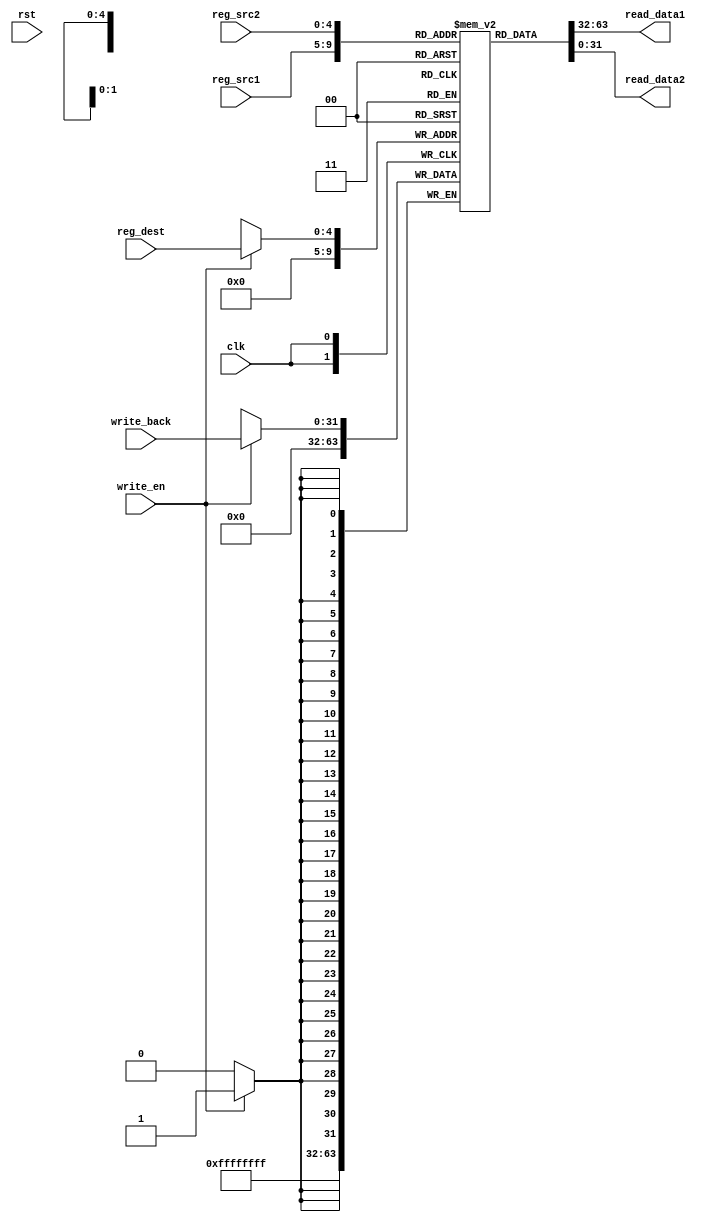
// Feb 10, 2023
// Verilog Code for Register File

module regfile( 

input wire [4:0] reg_src1,
input wire [4:0] reg_src2,
input wire [4:0] reg_dest,
input wire [31:0] write_back,
input wire clk,
input wire rst,
input wire write_en,
output reg [31:0] read_data1,
output reg [31:0] read_data2
);

//32 Registers of each 32 bit
reg [31:0] mem[31:0];

//Reading from register file is harmless so no need of the control signal

always @(*) begin
	read_data1=mem[reg_src1];
	read_data2=mem[reg_src2];
end

always @(posedge clk ) begin: register_file_block
	if (write_en) begin
		mem[reg_dest] <= write_back;
	end
	
	//0th Register always holds value 0's
	mem[0] <= 'b0;
end


//always @(posedge clk or posedge rst) begin: register_file_block
//	if (rst) begin
//		mem <= 'b0;
//	end
//	else begin
//	 	if (write_en) begin
//			mem[reg_dst] <= write_back;
//		end
//	end
//	//0th Register always holds value 0's
//	mem[0] <= 'b0;
//end

endmodule